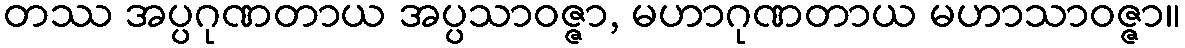
တဿ အပ္ပဂုဏတာယ အပ္ပသာဝဇ္ဇာ, မဟာဂုဏတာယ မဟာသာဝဇ္ဇာ။